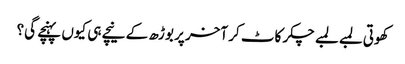
کھوتی لمبے لمبے چکر کاٹ کر آخر پر بوڑھ کے نیچے ہی کیوں پہنچے گی؟